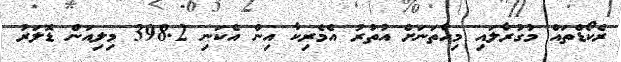
ރެކޯޑްތައް މުގުރާލައި މިހާތަނަށް އުތުރު އެމެރިކާ އިން އެކަނި 398.2 މިލިއަން ޑޮލަރު